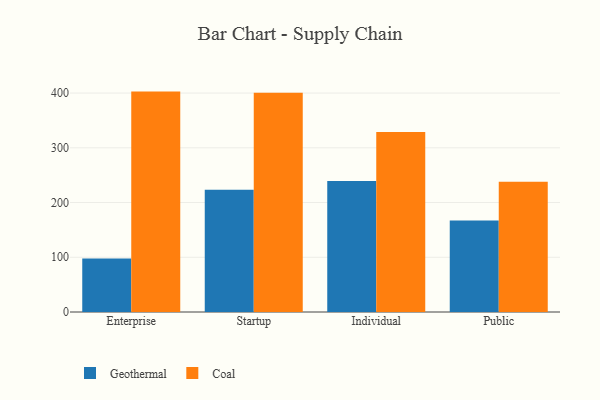
{"axis": {"x": "Segment", "y": "Shipments"}, "legend": ["Coal", "Geothermal"], "data": [{"x": "Enterprise", "y": 97.8, "type": "Geothermal"}, {"x": "Enterprise", "y": 402.7, "type": "Coal"}, {"x": "Startup", "y": 223.4, "type": "Geothermal"}, {"x": "Startup", "y": 400.7, "type": "Coal"}, {"x": "Individual", "y": 239.2, "type": "Geothermal"}, {"x": "Individual", "y": 328.7, "type": "Coal"}, {"x": "Public", "y": 167.4, "type": "Geothermal"}, {"x": "Public", "y": 237.9, "type": "Coal"}]}